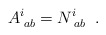
\begin{align*}A^i_{\;ab} = N^i_{\;ab} \;\; .\end{align*}